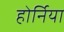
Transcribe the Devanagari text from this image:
होर्निया